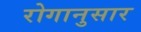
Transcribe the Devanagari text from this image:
रोगानुसार